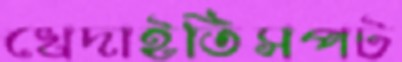
খেদাইতিসপট